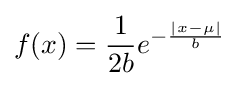
f(x)={\frac {1}{2b}}e^{-{\frac {|x-\mu |}{b}}}